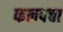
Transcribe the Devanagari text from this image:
कलपचा